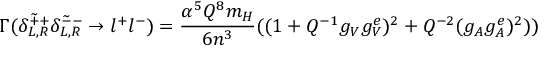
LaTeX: \Gamma ( \tilde { \delta _ { L , R } ^ { + + } } \tilde { \delta _ { L , R } ^ { -- } } \rightarrow l ^ { + } l ^ { - } ) = \frac { \alpha ^ { 5 } Q ^ { 8 } m _ { H } } { 6 n ^ { 3 } } ( ( 1 + Q ^ { - 1 } g _ { V } g _ { V } ^ { e } ) ^ { 2 } + Q ^ { - 2 } ( g _ { A } g _ { A } ^ { e } ) ^ { 2 } ) )